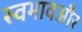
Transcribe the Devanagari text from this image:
स्वभावऔर